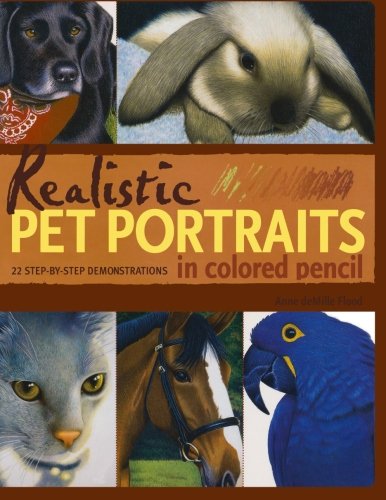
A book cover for Realistic Pet Portraits in Colored Pencil; Anne Flood; Arts & Photography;